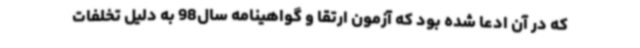
که در آن ادعا شده بود که آزمون ارتقا و گواهینامه سال98 به دلیل تخلفات